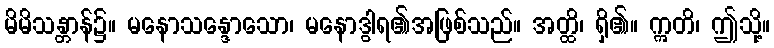
မိမိသန္တာန်၌။ မနောသန္ဒောသော၊ မနောဒွါရ၏အဖြစ်သည်။ အတ္ထိ၊ ရှိ၏။ ဣတိ၊ ဤသို့။